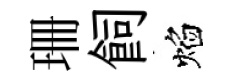
珊飼焰